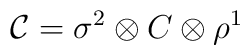
{\cal C}=\sigma^2\otimes C\otimes \rho^1